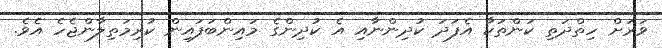
ވަރަށް ހިތްދަތި ކަންތަކާ އެފަދަ ކުދިންނާއި އެ ކުދިންގެ މައިންބަފައިން ކުރިމަތިލާންޖެހެ އެވެ.